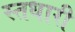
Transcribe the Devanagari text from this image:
स्तधारी